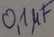
Text: 0,1µF